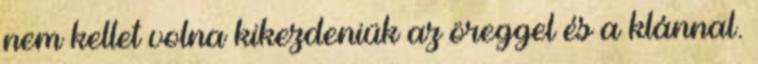
nem kellet volna kikezdeniük az öreggel és a klánnal.